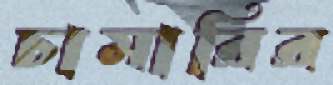
চামারির